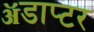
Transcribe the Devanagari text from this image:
ॲडाप्टर